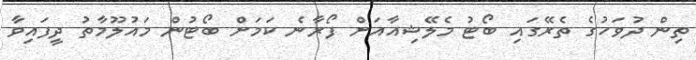
ތިން ދުވަހުގެ ތެރޭގައި ބޯޓު މެލޭޝިއާއަށް ފޯރާނެ ކަމަށް ބޯޓުން މައުލޫމާތު ދީފައިވާ